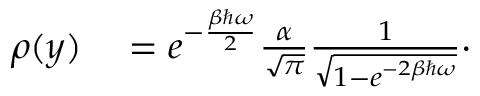
\begin{array} { r l } { \rho ( y ) } & { { } = e ^ { - \frac { \beta \hbar \omega } { 2 } } \frac { \alpha } { \sqrt { \pi } } \frac { 1 } { \sqrt { 1 - e ^ { - 2 \beta \hbar \omega } } } \cdot } \end{array}